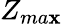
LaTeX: Z_{ma\mathbf{x}}